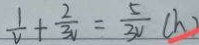
\frac { 1 } { V } + \frac { 2 } { 3 V } = \frac { 5 } { 3 v } ( h )